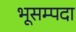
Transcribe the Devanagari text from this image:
भूसम्पदा